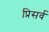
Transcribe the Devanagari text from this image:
प्रिसर्व